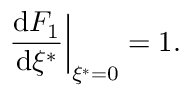
\left. { \frac { \operatorname { d } \! F _ { 1 } } { \operatorname { d } \! \xi ^ { * } } } \right| _ { \xi ^ { * } = 0 } = 1 .